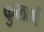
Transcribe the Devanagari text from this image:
कुलार्प